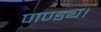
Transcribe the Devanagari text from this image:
पाण्ड्य।